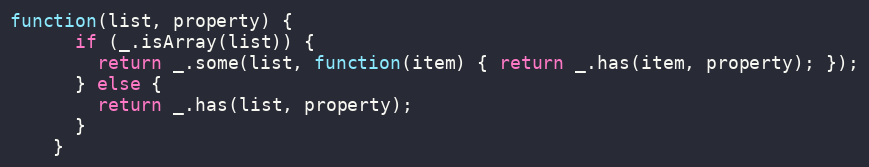
Language: JavaScript
function(list, property) {
      if (_.isArray(list)) {
        return _.some(list, function(item) { return _.has(item, property); });
      } else {
        return _.has(list, property);
      }
    }